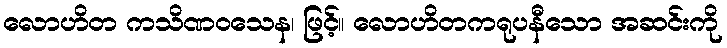
လောဟိတ ကသိဏဝသေန၊ ဖြင့်။ လောဟိတကရုပနီသော အဆင်းကို